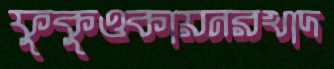
ফুকুওকায়নরখাদ